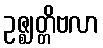
ဥဇ္ဈတ္တိဗလာ